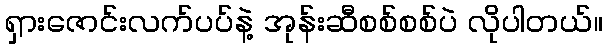
ရှားဇောင်းလက်ပပ်နဲ့ အုန်းဆီစစ်စစ်ပဲ လိုပါတယ်။